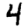
Digit: 4